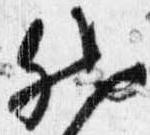
然